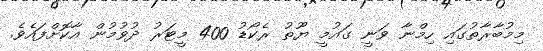
މިމުބާރާތުގައި ހިމްނާ ވަނީ ގައުމީ ޔޫތު ރެކޯޑު 400 މީޓަރު ދުވުމުން އާކޮށްފައެވެ.